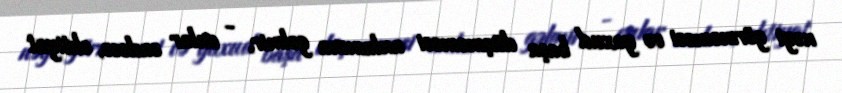
nəyi görməməsi və yaxud başa düşməməsi anlamına gəlmir, - onlar sadəcə, ehtiyat